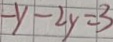
- y - 2 y = 3